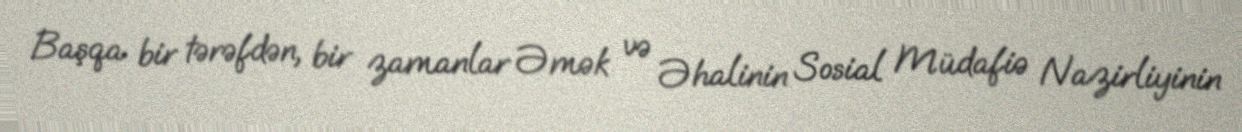
Başqa bir tərəfdən, bir zamanlar Əmək və Əhalinin Sosial Müdafiə Nazirliyinin